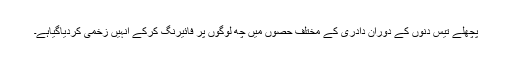
پچھلے تیس دنوں کے دوران دادری کے مختلف حصوں میں چھ لوگوں پر فائیرنگ کرکے انہیں زخمی کردیاگیاہے۔